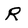
Character: R